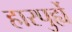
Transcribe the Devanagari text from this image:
हारपुर्ह्ये